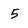
Character: 5